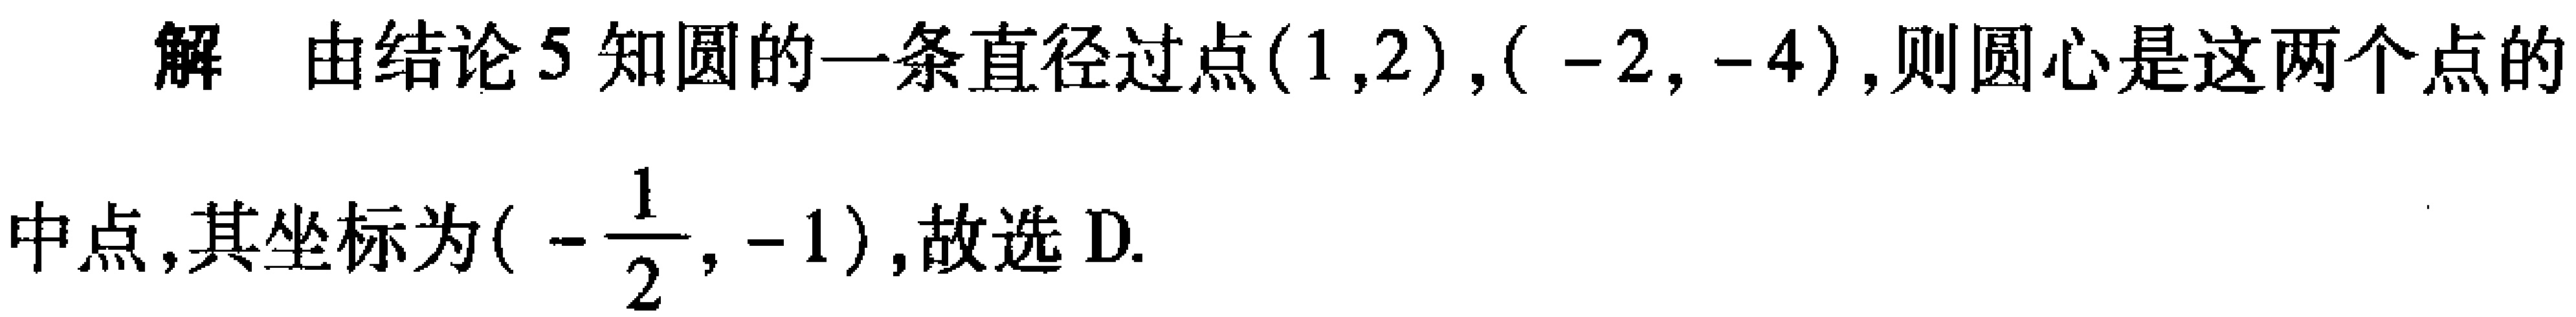
解 由结论5知圆的一条直径过点$(1,2),(-2,-4)$,则圆心是这两个点的中点,其坐标为$(-\frac{1}{2},-1)$,故选D.